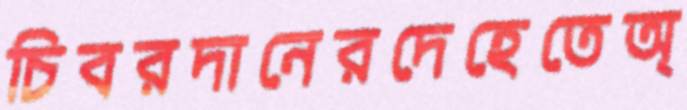
চিবরদানেরদেহেতেঅ্